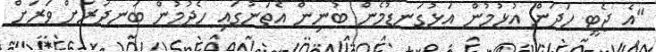
"އެ ޖެޓީ ހަދަން އުޅުމުން އަޅުގަނޑުމެން ބުނިން އެތަނުގައި ހެދުމުން ބަނދަރަށް ވަރަށް